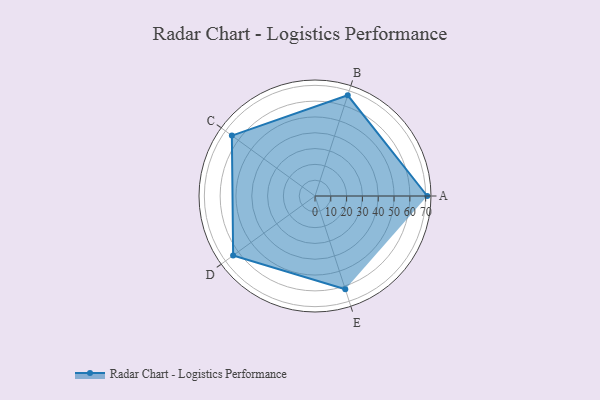
{"axis": {"x": "Skill", "y": "Score"}, "legend": ["Profile"], "data": [{"x": "A", "y": 71.0, "type": "Profile"}, {"x": "B", "y": 67.0, "type": "Profile"}, {"x": "C", "y": 65.0, "type": "Profile"}, {"x": "D", "y": 64.0, "type": "Profile"}, {"x": "E", "y": 62.0, "type": "Profile"}]}